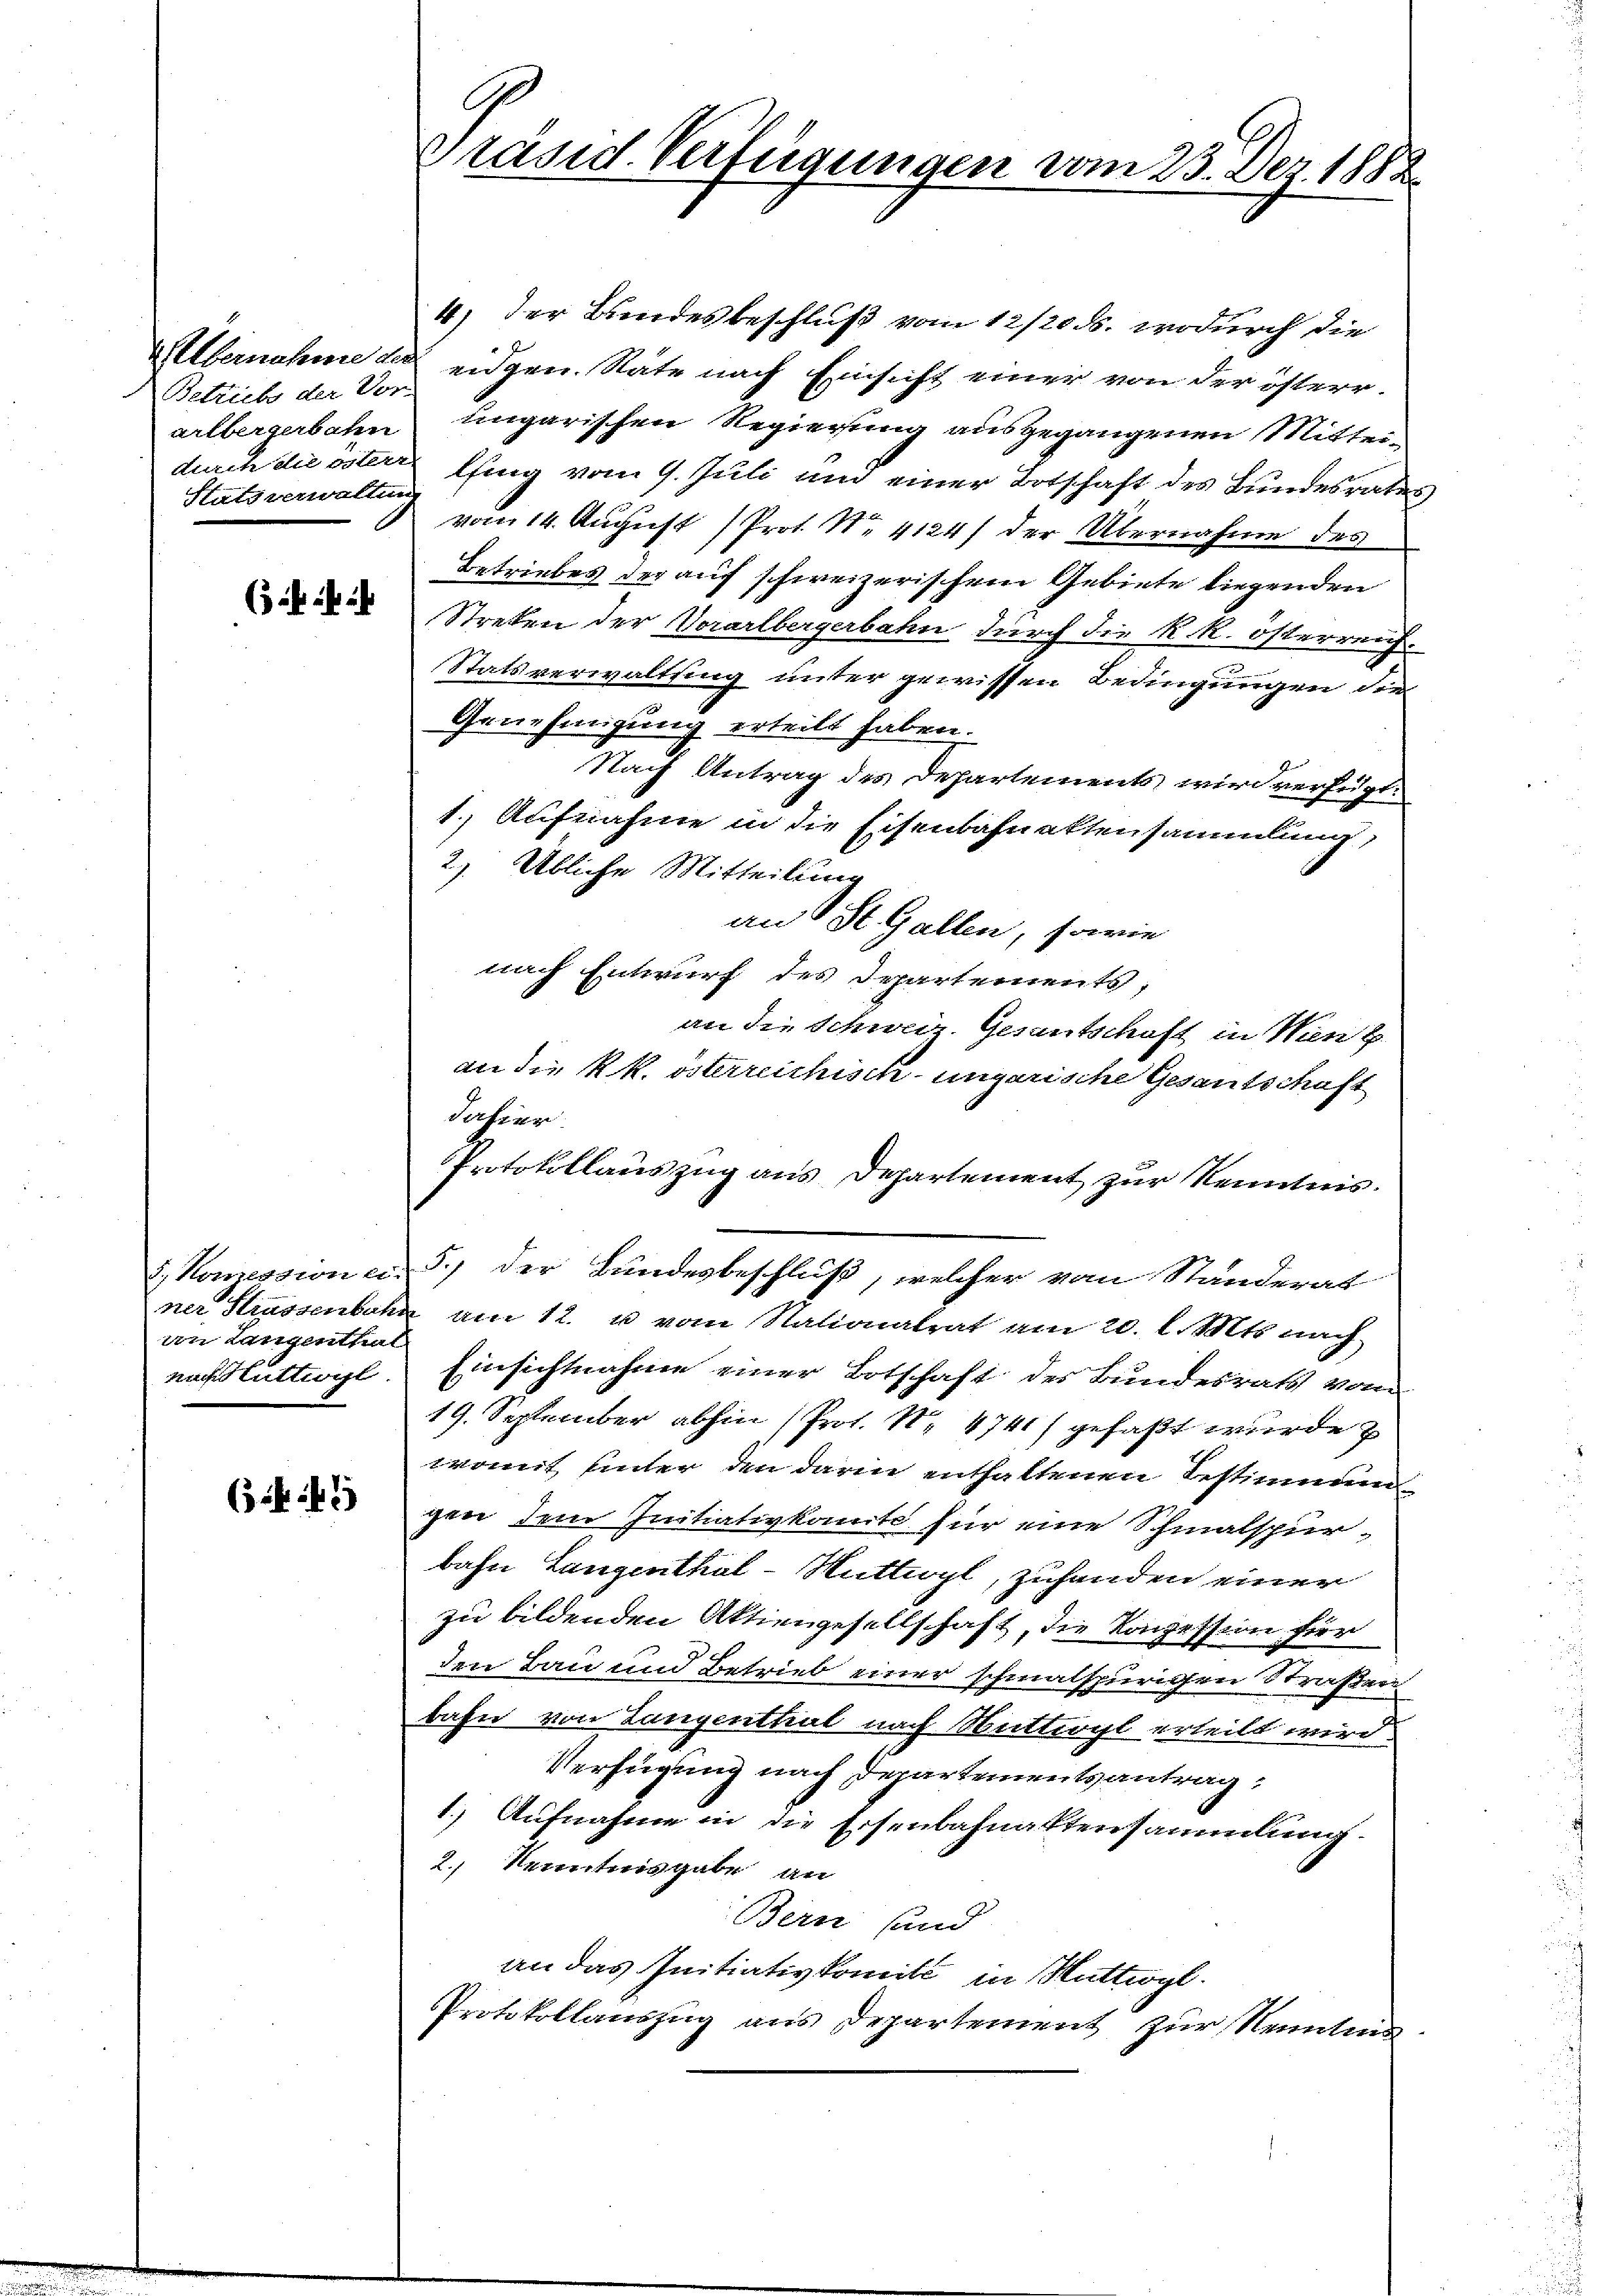
Albernahme die
Betrich der Vor
arlbergerbahn
durch du oster
Stats verwaltung

(35fr. ist ihr

5. Komission ein
ner Strassenbahn
von Langenthal
nächstuttiogl.

(3.

4) der Bundesbeschluß vom 12/20. wodurch die
eidgen. Nate nach Einsicht einer von der österr.
ungarischen Regierung ausgegangenen Mittei-
lfing vom 9. Juli und einer Botschaft des Bundesrates
vom 14. August Prot. N. 1124 der Übernahme des
Betriebes der auf schweizerischem Gebiete liegenden
Streten der Vorarlbergerbahn durch die K. k. österreich.
Statsverwaltung unter gewissen Bedingungen die
Genehmigung erteilt haben.
Nach Antrag des Departements wird verfügt.
1.) Aufnahme in die Eisenbahnaktensammlung,
2) Übliche Mitteilung
an St. Gallen, sowie
nach Entwurf des Departements,
an die Schweiz. Gesantschaft in Wien k
an die kk. österreichisch-ungarische Gesantschaft
Jahrer
Protokollauszug aus Departement zur Kenntnis.
5.) der Bundesbeschluß, welcher vom Standerat
am 12. u vom Nationalrat am 20. l. Mts. nach
Einsichtnahme einer Botschaft der Bundesrats vom
19. September abhin (Prot. Nr. 4741 gefaßt wurde
womit unter den darin enthaltenen Testimmung
gen dem Initiativkomite für eine Schmalspur-
bahn Langenthal - Muttwyl, zuhanden einer
zu bildenden Aktiengesellschaft, die Konzession für
den Bau und Betrieb einer schmalspurigen Straßen
bahn von Langenthal nach Muttergl erteilt wird.
Verfügung nach Departementsantrag:
1.) Aufnahme in die Eisenbahnaktensammlung.
2.) Kenntnisgabe an
Bern sund
an das Initiativkomiti in Muttergl.
Protokollauszug aus Departement zur Kennten

Präsid. Verfügungen vom 23. Dez. 1882.